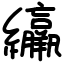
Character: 䌴